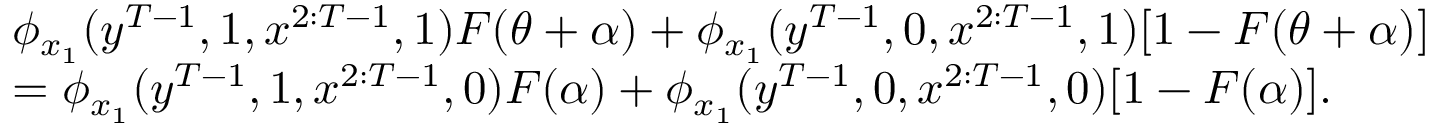
\begin{array} { r l } & { \phi _ { x _ { 1 } } ( y ^ { T - 1 } , 1 , x ^ { 2 : T - 1 } , 1 ) F ( \theta + \alpha ) + \phi _ { x _ { 1 } } ( y ^ { T - 1 } , 0 , x ^ { 2 : T - 1 } , 1 ) [ 1 - F ( \theta + \alpha ) ] } \\ & { = \phi _ { x _ { 1 } } ( y ^ { T - 1 } , 1 , x ^ { 2 : T - 1 } , 0 ) F ( \alpha ) + \phi _ { x _ { 1 } } ( y ^ { T - 1 } , 0 , x ^ { 2 : T - 1 } , 0 ) [ 1 - F ( \alpha ) ] . } \end{array}